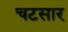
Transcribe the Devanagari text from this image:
चटसार